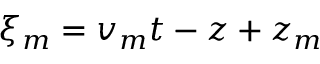
\xi _ { m } = v _ { m } t - z + z _ { m }